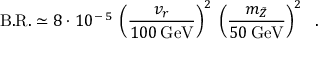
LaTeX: \mathrm { B . R . } \simeq 8 \cdot 1 0 ^ { - \, 5 } \: \left( \frac { v _ { r } } { 1 0 0 \, \mathrm { G e V } } \right) ^ { 2 } \: \left( \frac { m _ { \tilde { Z } } } { 5 0 \, \mathrm { G e V } } \right) ^ { 2 } \; \; .